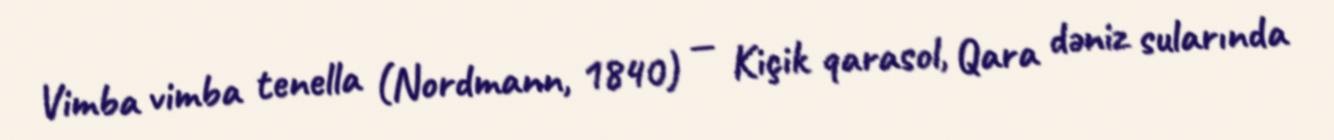
Vimba vimba tenella (Nordmann, 1840) — Kiçik qarasol, Qara dəniz sularında